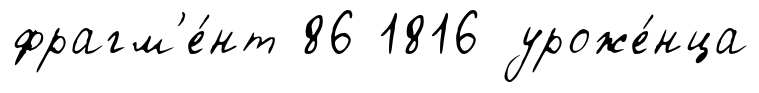
фрагм'е́нт 86 1816 уроже́нца